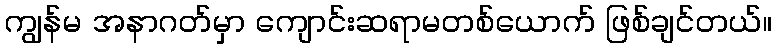
ကျွန်မ အနာဂတ်မှာ ကျောင်းဆရာမတစ်ယောက် ဖြစ်ချင်တယ်။